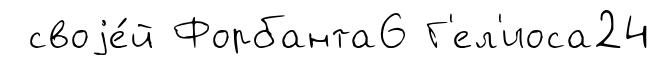
своjе́й Форбанта6 Г'ел'иоса24